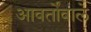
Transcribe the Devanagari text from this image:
आवर्तोंवाले